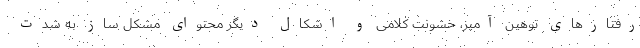
رفتارهای توهین آمیز، خشونت کلامی و اشکال دیگر محتوای مشکل ساز به شدت